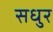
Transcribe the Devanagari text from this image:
सधुर